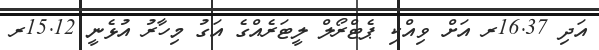
އަދި 16.37ރ އަށް ވިއްކި ޕެޓްރޯލް ލީޓަރެއްގެ އަގު މިހާރު އުޅެނީ 15.12ރ